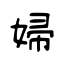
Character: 婦